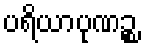
ပရိယာပုဏဉ္စ